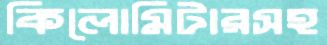
কিলোমিটারসহ